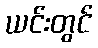
ယင်းတွင်